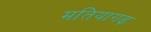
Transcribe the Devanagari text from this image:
मतियागढ़